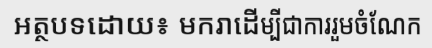
អត្ថបទដោយ៖ មករាដើម្បីជាការរួមចំណែក